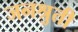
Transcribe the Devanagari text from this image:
जनश्रुती